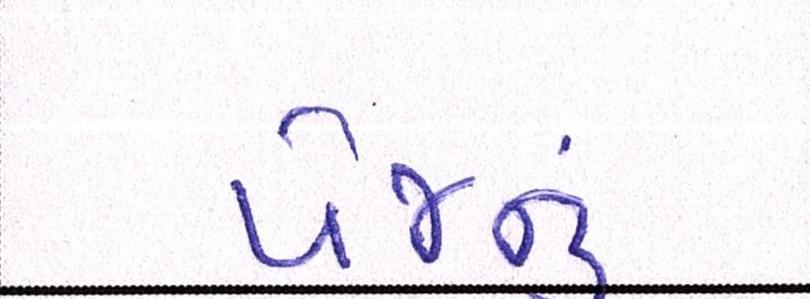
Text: પેજનું